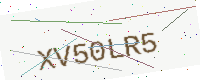
Text: XV50LR5